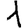
Digit: 1